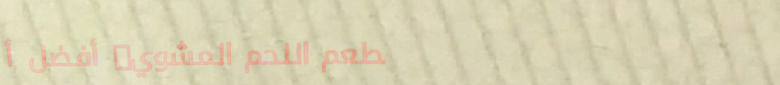
مطعم اللحم المشوي: أفضل أ